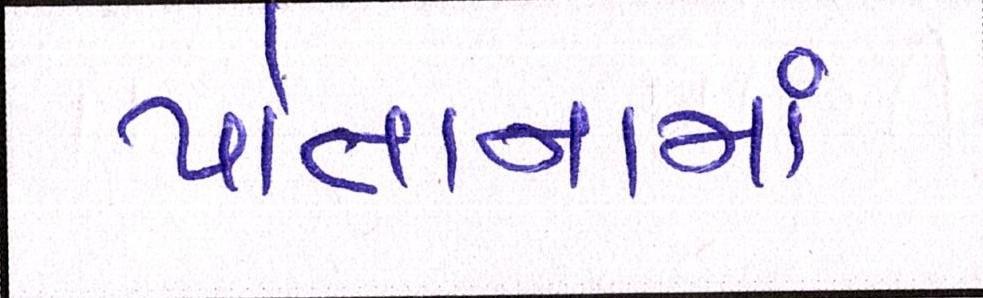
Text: પોતાનામાં